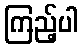
ကြည့်ပါ